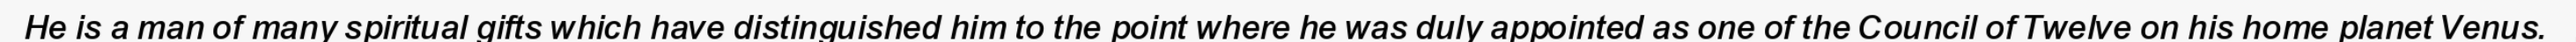
He is a man of many spiritual gifts which have distinguished him to the point where he was duly appointed as one of the Council of Twelve on his home planet Venus.